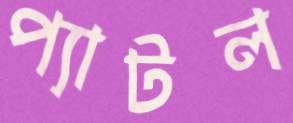
প্যাটল